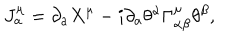
LaTeX: J _ { a } ^ { \mu } = \partial _ { a } X ^ { \mu } - i \partial _ { a } \theta ^ { \alpha } \Gamma _ { \alpha \beta } ^ { \mu } \theta ^ { \beta } ,